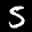
Label: 5